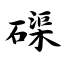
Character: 磲